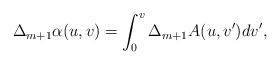
\begin{align*} \Delta_{m+1}\alpha(u,v)=\int_0^v\Delta_{m+1}A(u,v')dv',\end{align*}